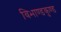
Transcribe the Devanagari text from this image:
विभाण्डकुण्ड